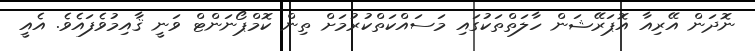
ނޮދަން އޭރިއާ އޮޕަރޭޝަން ހާލަތްތަކުގައި މަސައްކަތްކުރުމަށް ތިން ކޮމްޕޯނަންޓް ވަނީ ޤާއިމުވެފައެވެ. އެއީ